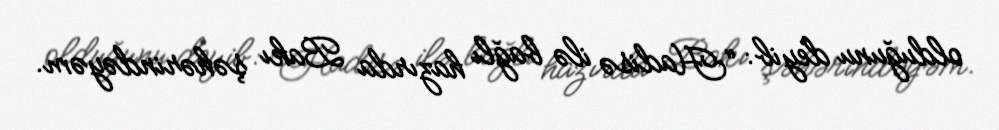
olduğunu deyib: “Hadisə ilə bağlı hazırda Bakı şəhərindəyəm.